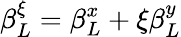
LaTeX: \beta_{L}^{\xi}=\beta_{L}^{x}+\xi\beta_{L}^{y}